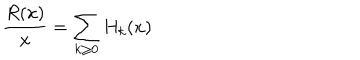
LaTeX: \frac { R ( x ) } { x } = \sum _ { k \ge 0 } H _ { k } ( x )